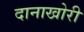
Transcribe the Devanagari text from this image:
दानाखोरी